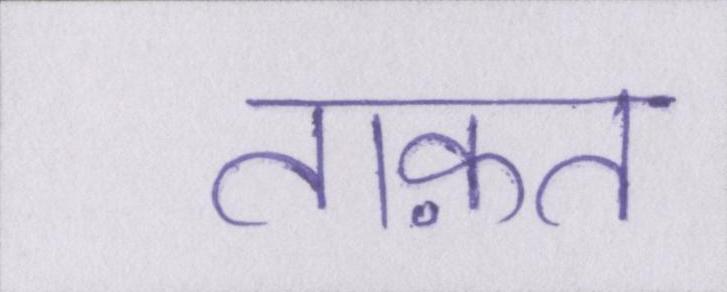
ताक़त